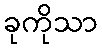
ခုကိုသာ